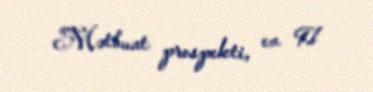
Mətbuat prospekti, ev 91